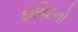
દાવિદનો